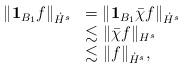
LaTeX: \begin{align*}\begin{array}{ll}\| \mathbf{1}_{B_1} f \|_{\dot{H}^{s}} & = \| \mathbf{1}_{B_1} \bar{\chi} f \|_{\dot{H}^{s}} \\& \lesssim \| \bar{\chi} f \|_{H^{s}} \\& \lesssim \| f \|_{\dot{H}^{s}},\end{array}\end{align*}